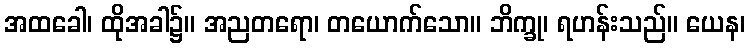
အထခေါ၊ ထိုအခါ၌။ အညတရော၊ တယောက်သော။ ဘိက္ခု၊ ရဟန်းသည်။ ယေန၊